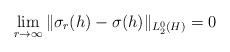
LaTeX: \begin{align*}\lim_{r \to \infty} \| \sigma_r(h) - \sigma(h) \|_{L_2^0(H)} = 0 \end{align*}